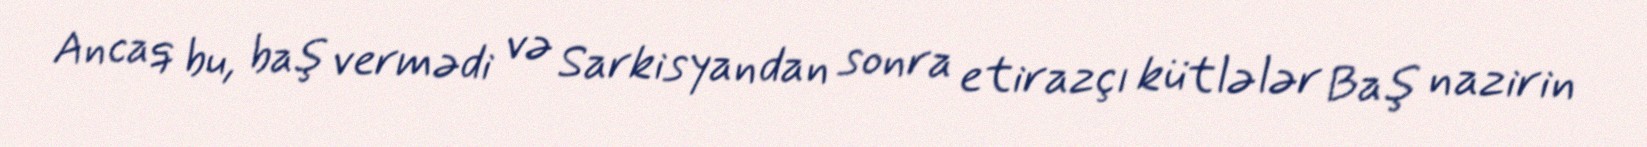
Ancaq bu, baş vermədi və Sarkisyandan sonra etirazçı kütlələr Baş nazirin